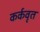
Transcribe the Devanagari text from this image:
कर्कवृत